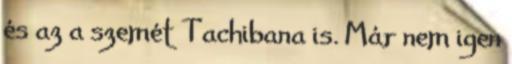
és az a szemét Tachibana is. Már nem igen